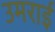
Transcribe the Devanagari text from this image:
उमराई